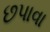
છપાવા